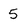
Character: 5